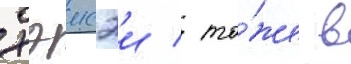
хэисэи / то́же в